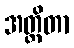
အတ္ထိတာ